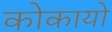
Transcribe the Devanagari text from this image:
कोकायो